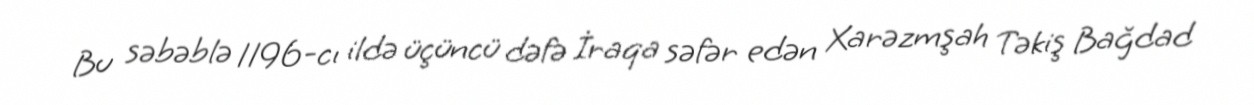
Bu səbəblə 1196-cı ildə üçüncü dəfə İraqa səfər edən Xarəzmşah Təkiş Bağdad